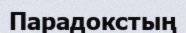
Парадокстың